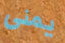
يمنى